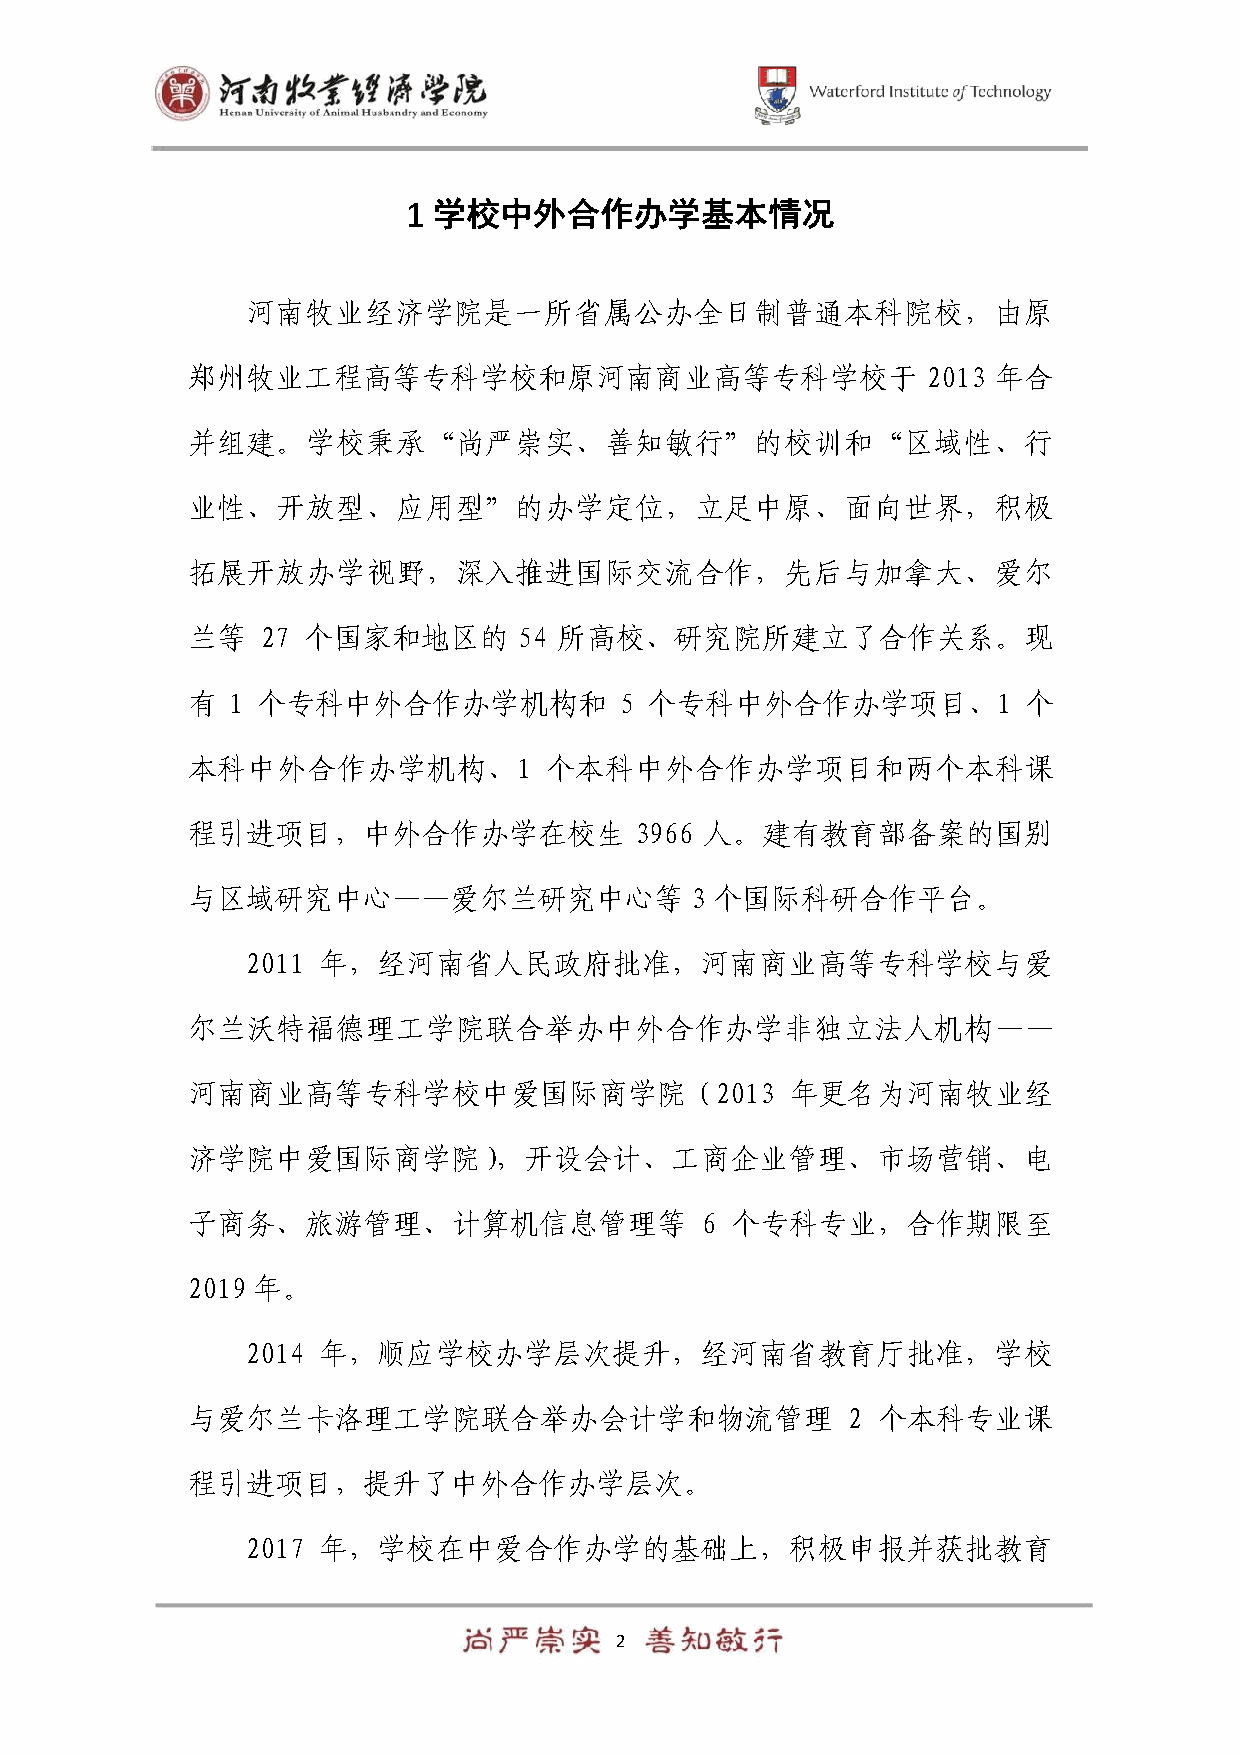
1 学校中外合作办学基本情况
 河南牧业经济学院是一所省属公办全日制普通本科院校，由原
 郑州牧业工程高等专科学校和原河南商业高等专科学校于                        2013 年合
 并组建。学校秉承“尚严崇实、善知敏行”的校训和“区域性、行
 业性、开放型、应用型”的办学定位，立足中原、面向世界，积极
 拓展开放办学视野，深入推进国际交流合作，先后与加拿大、爱尔
 兰等   27 个国家和地区的       54 所高校、研究院所建立了合作关系。现
 有  1 个专科中外合作办学机构和            5 个专科中外合作办学项目、1            个
 本科中外合作办学机构、1            个本科中外合作办学项目和两个本科课
 程引进项目，中外合作办学在校生               3966 人。建有教育部备案的国别
 与区域研究中心——爱尔兰研究中心等                 3 个国际科研合作平台。
 2011 年，经河南省人民政府批准，河南商业高等专科学校与爱
 尔兰沃特福德理工学院联合举办中外合作办学非独立法人机构——
 河南商业高等专科学校中爱国际商学院（2013                  年更名为河南牧业经
 济学院中爱国际商学院），开设会计、工商企业管理、市场营销、电
 子商务、旅游管理、计算机信息管理等                 6 个专科专业，合作期限至
 2019 年。
 2014 年，顺应学校办学层次提升，经河南省教育厅批准，学校
 与爱尔兰卡洛理工学院联合举办会计学和物流管理                      2 个本科专业课
 程引进项目，提升了中外合作办学层次。
 2017 年，学校在中爱合作办学的基础上，积极申报并获批教育
 2